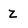
Character: Z